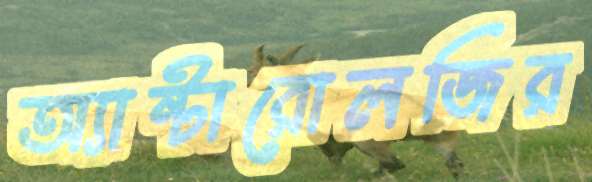
অ্যান্টারোলজির